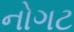
નોગટ